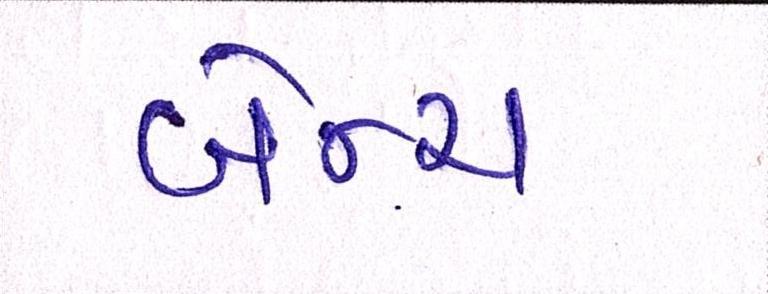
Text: બેન્ચ